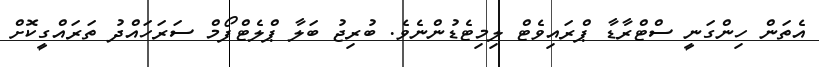
އެތަން ހިންގަނީ ސްޓްރާޑާ ޕްރައިވެޓް ލިމިޓެޑުންނެވެ. ބުރިޖު ބަލާ ޕްލެޓްފޯމް ސަރަހައްދު ތަރައްގީކޮށް